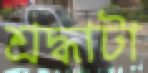
শ্রদ্ধাটা